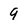
Character: 9